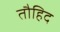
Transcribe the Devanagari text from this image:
तौहिद